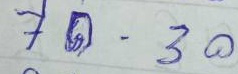
70 - 30